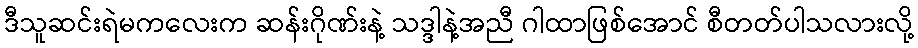
ဒီသူဆင်းရဲမကလေးက ဆန်းဂိုဏ်းနဲ့ သဒ္ဒါနဲ့အညီ ဂါထာဖြစ်အောင် စီတတ်ပါသလားလို့